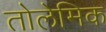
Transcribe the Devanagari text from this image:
तोलेमिक